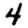
Digit: 4